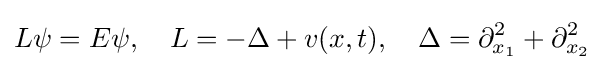
L\psi =E\psi ,\quad L=-\Delta +v(x,t),\quad \Delta =\partial _{x_{1}}^{2}+\partial _{x_{2}}^{2}